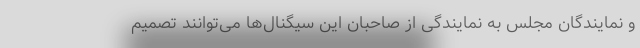
و نمایندگان مجلس به نمایندگی از صاحبان این سیگنال‌ها می‌توانند تصمیم